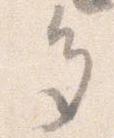
多